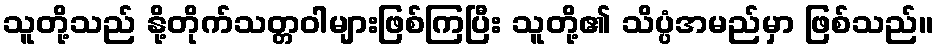
သူတို့သည် နို့တိုက်သတ္တဝါများဖြစ်ကြပြီး သူတို့၏ သိပ္ပံအမည်မှာ ဖြစ်သည်။